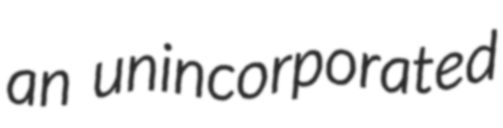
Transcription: an unincorporated